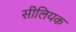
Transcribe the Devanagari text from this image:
सीलियक